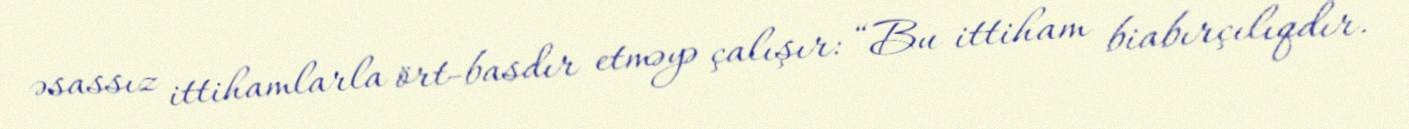
əsassız ittihamlarla ört-basdır etməyə çalışır: “Bu ittiham biabırçılıqdır.